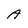
Character: A